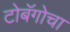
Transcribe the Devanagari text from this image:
टोबॅगोचा